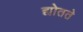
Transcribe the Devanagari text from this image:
द्योतते